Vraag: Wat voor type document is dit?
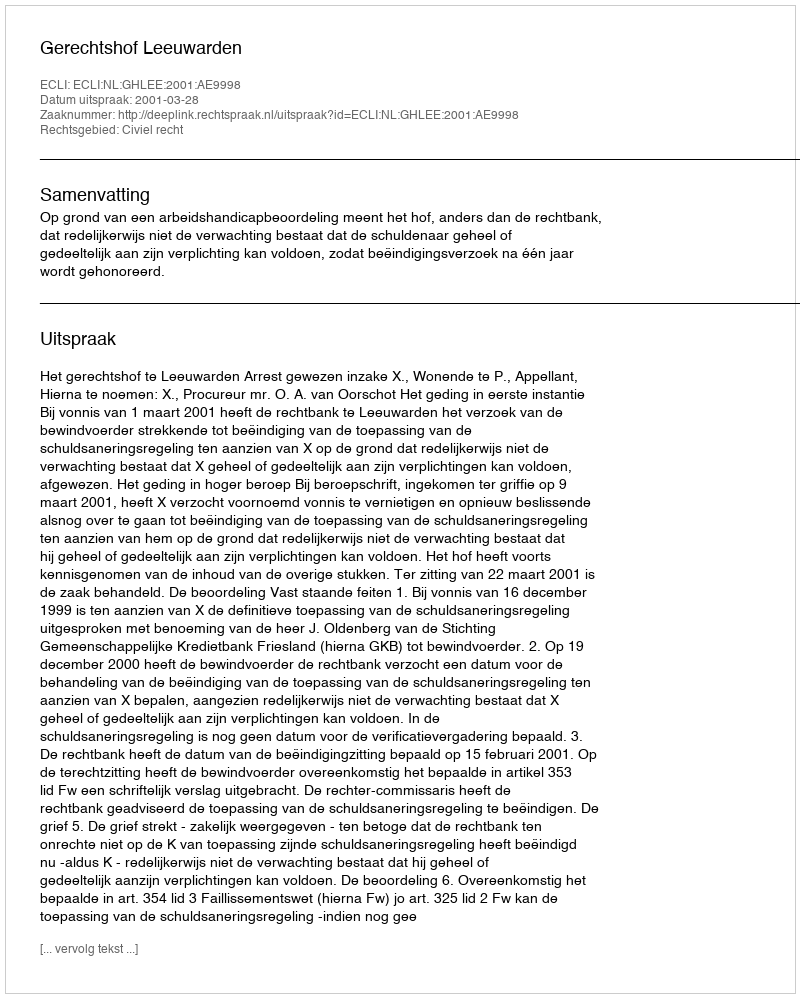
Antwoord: Uitspraak